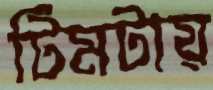
টিমটায়